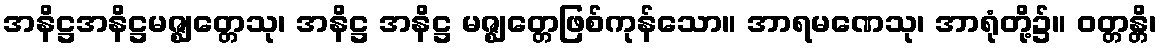
အနိဋ္ဌအနိဋ္ဌမဇ္ဈတ္တေသု၊ အနိဋ္ဌ အနိဋ္ဌ မဇ္ဈတ္တေဖြစ်ကုန်သော။ အာရမဏေသု၊ အာရုံတို့၌။ ဝတ္တန္တိ၊